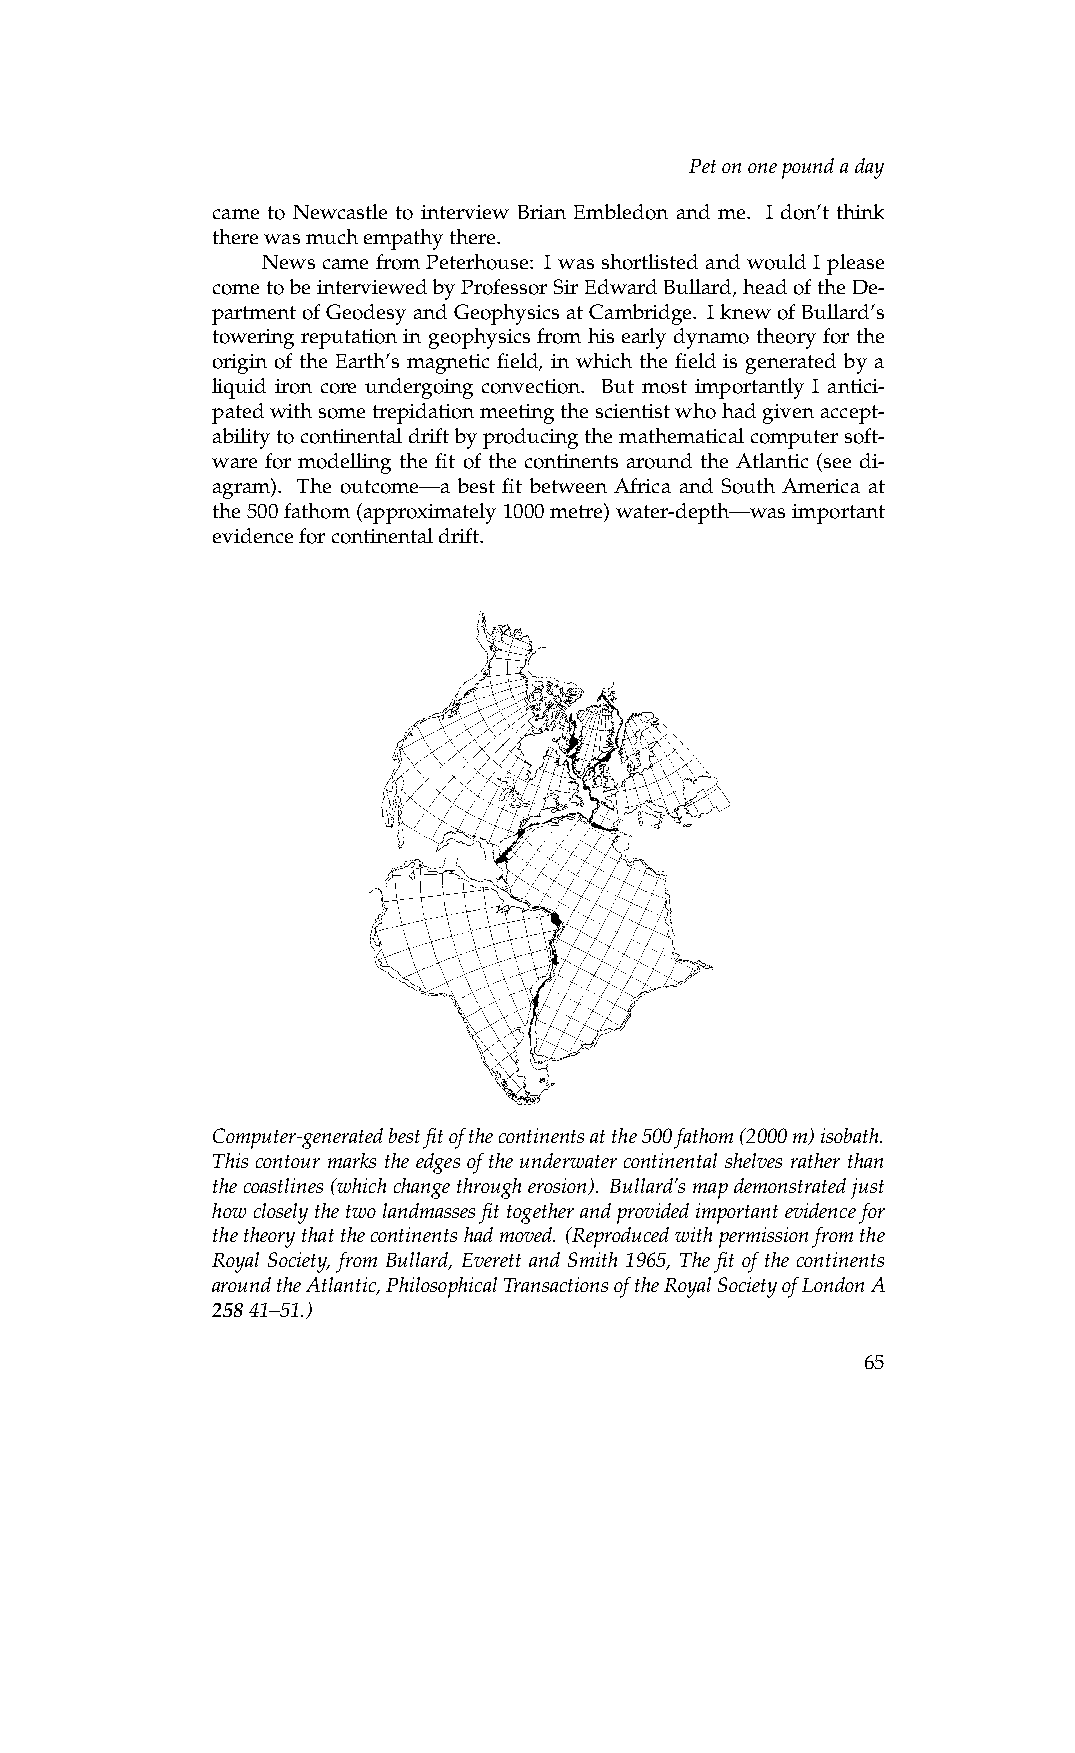
Petononepoundaday
 came to Newcastle to interview Brian Embledon and me. I don’t think
 therewasmuchempathythere.
 News came from Peterhouse: I was shortlisted and would I please
 cometobeinterviewedbyProfessorSirEdwardBullard,headoftheDe-
 partmentofGeodesyandGeophysicsatCambridge. IknewofBullard’s
 towering reputation in geophysics from his early dynamo theory for the
 origin of the Earth’s magnetic field, in which the field is generated by a
 liquid iron core undergoing convection. But most importantly I antici-
 patedwithsometrepidationmeetingthescientistwhohadgivenaccept-
 abilitytocontinentaldriftbyproducingthemathematicalcomputersoft-
 ware for modelling the fit of the continents around the Atlantic (see di-
 agram). The outcome—a best fit between Africa and South America at
 the500fathom(approximately1000metre)water-depth—wasimportant
 evidenceforcontinentaldrift.
 Computer-generatedbestfitofthecontinentsatthe500fathom(2000m)isobath.
 This contour marks the edges of the underwater continental shelves rather than
 thecoastlines(whichchangethrougherosion). Bullard’smapdemonstratedjust
 howcloselythetwolandmassesfittogetherandprovidedimportantevidencefor
 thetheorythatthecontinentshadmoved. (Reproducedwithpermissionfromthe
 Royal Society, from Bullard, Everett and Smith 1965, The fit of the continents
 aroundtheAtlantic,PhilosophicalTransactionsoftheRoyalSocietyofLondonA
 25841–51.)
 65